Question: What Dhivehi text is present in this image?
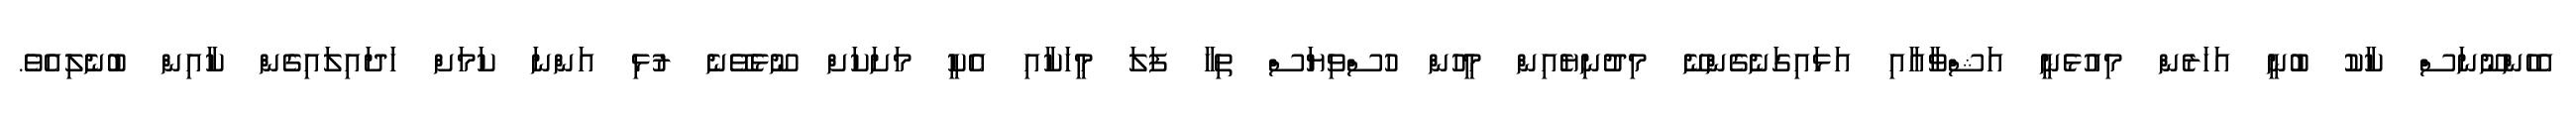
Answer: އެހެންނޫނަސް ކާކު ބުނީ އަހަރެން މިއުޅެނީ އަޝްވާއާއި އަޅައިގަނެގެންނޭ މިދުނިޔެއިން މީހުން ހުސްވިޔަސް ތިހާ ފަލަ މީހަކާއި އެކީ މަށަކަށް ނޫޅެވޭނެ ރުޅި އަންނަ ކަމަށް ހަދައިލައިގެން ކާއިން ބުނެލިއެވެ.